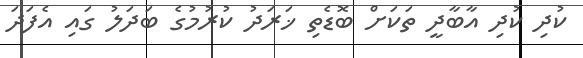
ކުދި ކުދި އާބާދީ ތަކަށް ބޮޑެތި ޚަރަދު ކުރުމުގެ ބަދަލު ގައި އެފަދަ